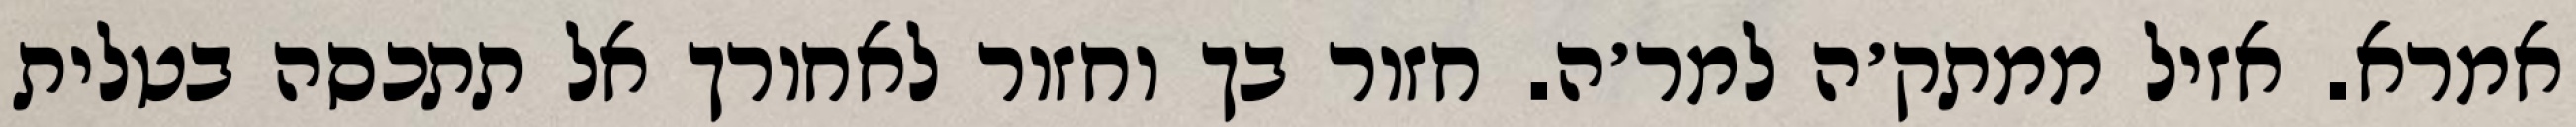
אמרא. אזיל ממתק׳ה למר׳ה. חזור בך וחזור לאחורך אל תתכסה בטלית